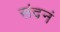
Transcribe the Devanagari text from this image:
संदनं